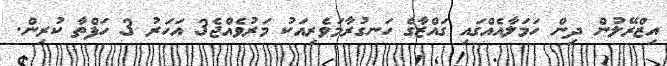
އިޒްރޭލުން ދިން ހަމަލާއެއްގައި ގައްޒާގެ ހަނގުރާމަވެރިއަކު މަރުވެއްޖެ3 އަހަރު 3 ހަފްތާ ކުރިން.